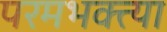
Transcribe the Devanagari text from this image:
परमभक्त्या